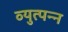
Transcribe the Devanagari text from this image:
व्‍युत्‍पन्‍न